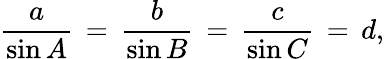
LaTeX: {\frac{a}{\sin A}}\, =\, {\frac{b}{\sin B}}\, =\, {\frac{c}{\sin C}}\, =\, d,